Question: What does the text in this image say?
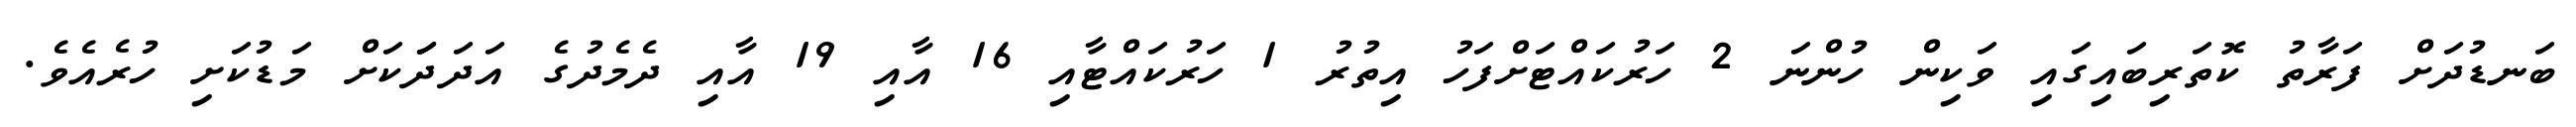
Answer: ބަނޑުދަށް ފަރާތު ކޮތަރިބައިގައި ވަކިން ހުންނަ 2 ހަރުކައްޓަށްފަހު އިތުރު 1 ހަރުކައްޓާއި 16 އާއި 19 އާއި ދެމެދުގެ އަދަދަަކަށް މަޑުކަށި ހުރެއެވެ.